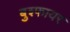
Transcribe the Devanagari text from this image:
बुश्फायर